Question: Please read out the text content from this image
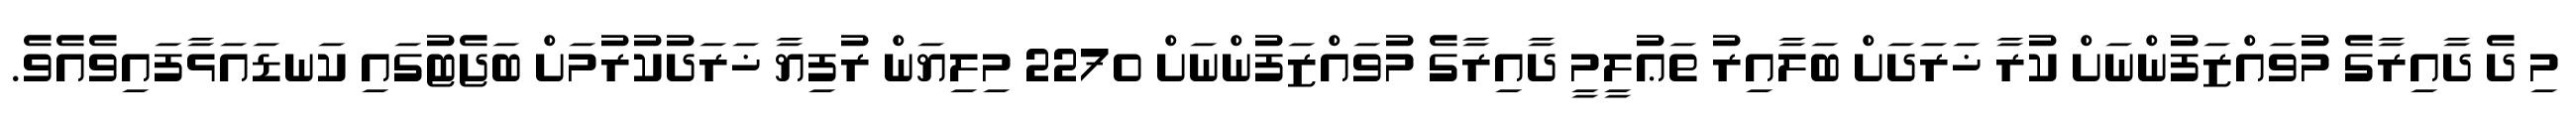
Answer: މި ދެ ދާއިރާގެ މުވައްޒަފުންނަށް ކުރާ ޚަރަދަށް ބަލާއިރު ތަޢުލީމީ ދާއިރާގެ މުވައްޒަފުންނަށް 2270 މިލިޔަން ރުފިޔާ ޚަރަދުކުރުމަށް ބަޖެޓުގައި ކަނޑައަޅާފައިވެއެވެ.